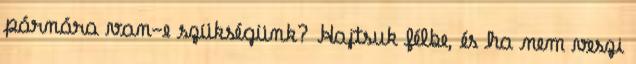
párnára van-e szükségünk? Hajtsuk félbe, és ha nem veszi